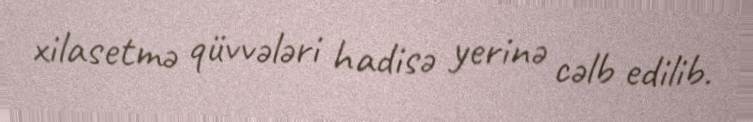
xilasetmə qüvvələri hadisə yerinə cəlb edilib.